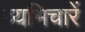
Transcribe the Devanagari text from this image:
व्यभिचारें